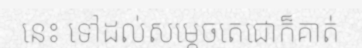
នេះ ទៅដល់សម្តេចតេជោក៏គាត់